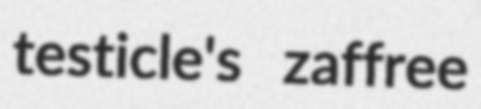
testicle's zaffree